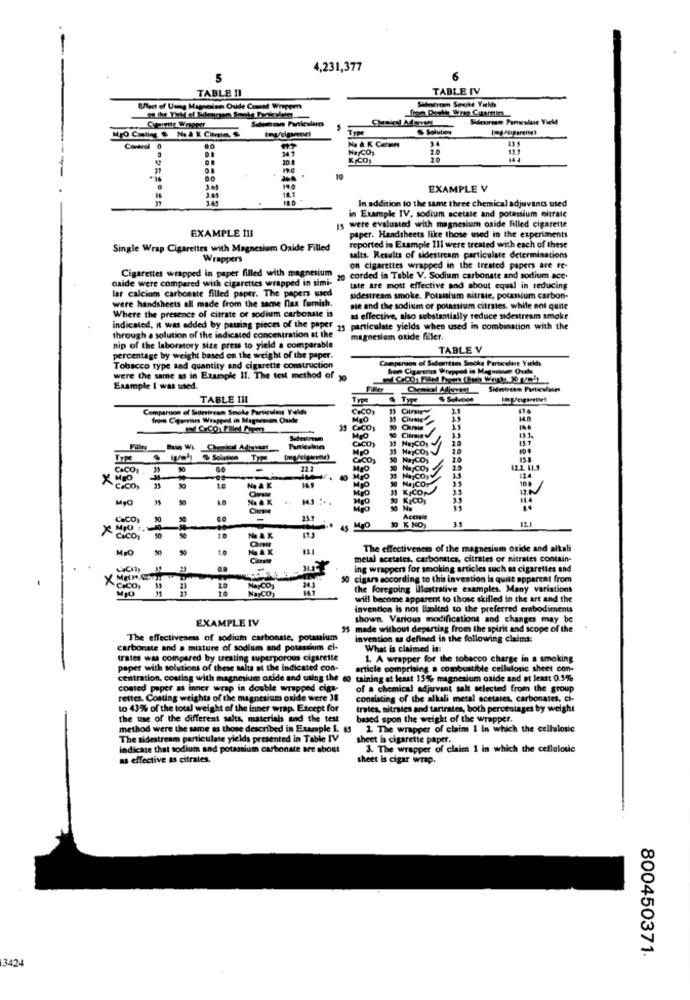
4,231,377
TABLE II
TABLE IV
Stbestream Smoke Yields
Enlect of Using Magnesium Oxide Conund Wrappen
fron Dorthe Wres Catardin
Sidestream Particulares
Chaku Adigvys
Sidesiream Pomeulase Vield
Type
MPO Casting & Na 4 X Citrate, &
Na & K Carmes
Control
20.4
2.0
10
EXAMPLE V
18.1
In addition to the same three chemical adjuvants used
in Example IV, sodium acetate and potassium citrate
EXAMPLE III
15 were evaluated with magnesium oxide filled cigarette
paper. Handsheets like those used in the experiments
Single Wrap Cigarettes with Magnesium Oxide Filled
reported in Example Ill were treated with each of these
Wrappers
salts. Results of sidestream particulate determinations
Cigarettes wrapped in paper filled with magnesium
on cigarettes wrapped in the treated papers are re-
oxide were compared with cigarettes wrapped in simi-
20 corded in Table V. Sodium carbonate and sodium ace.
lar calcium carbonate filled paper. The papers used
Iste are most effective and about equal in reducing
were handsheets all made from the same nas furnish.
sidestream smoke. Potassium nitrate, potassium carbon-
Where the presence of citrate of sodium carbonate is
sie and the sodium or potassium citrates. while not quite
as effective, also substantially reduce sidestream smoke
indicated, it was added by passing pieces of the paper 25 particulate yields when used in combination with the
through a solution of the indicated concentration at the
magnesium oxide filler.
nip of the laboratory size press to yield a comparable
TABLE V
percentage by weight based on the weight of the paper.
Cheparisos of Sideittim Smoke Particulist Yukhs
Tobacco type and quantity and cigarette construction
bom Cigarenes Wrapped in Magneten Ouds
were the same as in Example 11. The test method of jo
Example I was used.
Filler
TABLE IIL
4 Type
Solution
Comparison of Sidrineun Smoke Particulan Velds
CICO
fre Ciquerart Wrapped in Magnes am Onide
MIO
M
50
Cami
Sidestream
MIO
NayCO,
.
CCO,
20
15.8
C&CO,
33
-
MIO
NaCO.
2.5
12.2. 41.5
X
MIO
MIO
10 Na COy
3.3
124
CICO,
16
NO AK
MIO
1.0
30 KICO
11.4
10 No
LaCO
50
23.7
3 K NO,
Actaale
×
CICO
10
MIO
The effectiveness of the magnesium oxide and alkali
metal acetales, carbonates, citrates or nitrates contain-
ing wrappers for smoking articles such as cigarettes end
×
50 cigar socording to this invention is quite apparent from
MIO
NONCO
the foregoing illustrative examples. Many variations
will become apparent to those skilled in the art and the
invention is not limited to the preferred embodiments
EXAMPLE IV
shown. Various modifications and changes may be
35 made without departing from the spirit and scope of the
The effectiveness of sodium carbonate, potassium
invention as defined in the following claims:
carbonate and a mixture of sodium and potassium el-
What is claimed is:
trates was compared by treating superporous cigarette
1. A wrapper for the tobacco charge in a smoking
paper with solutions of these salts of the indicated con-
article comprising a combustible cellulosic sheet con-
centration, costing with magnesium oxide and using the co talning at least 15% magnesium oxide and at least 0.5%
d paper as inner wrap in double wrapped ciga-
of a chemical adjuvant salt selected from the group
rettes. Coating weights of the magnesium oxide were 38
consisting of the alkali metal acetates, carbonates, ci-
to 43% of the toul weight of the inner wrap. Except for
trates, nitrates and tartrates, both percentages by weight
the use of the different salts, materials and the test
based spon the weight of the wrapper.
method were the same as those described in Example 1. 65
1. The wrapper of claim 1 in which the cellulosic
The sidestream particulate yields presented in Table IV
sheet ia cigarette paper.
indicate that sodium and potassium carbonate are about
3. The wrapper of claim 1 in which the cellulose
as effective as citrates.
theet is cigar wrap.
800450371.
3424